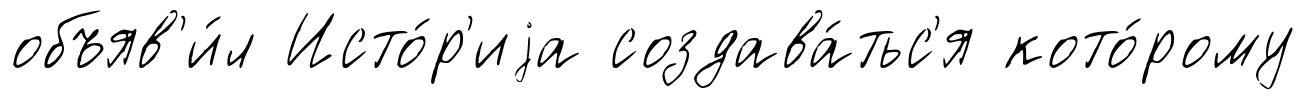
объяв'и́л Исто́р'иjа создава́тьс'я кото́рому